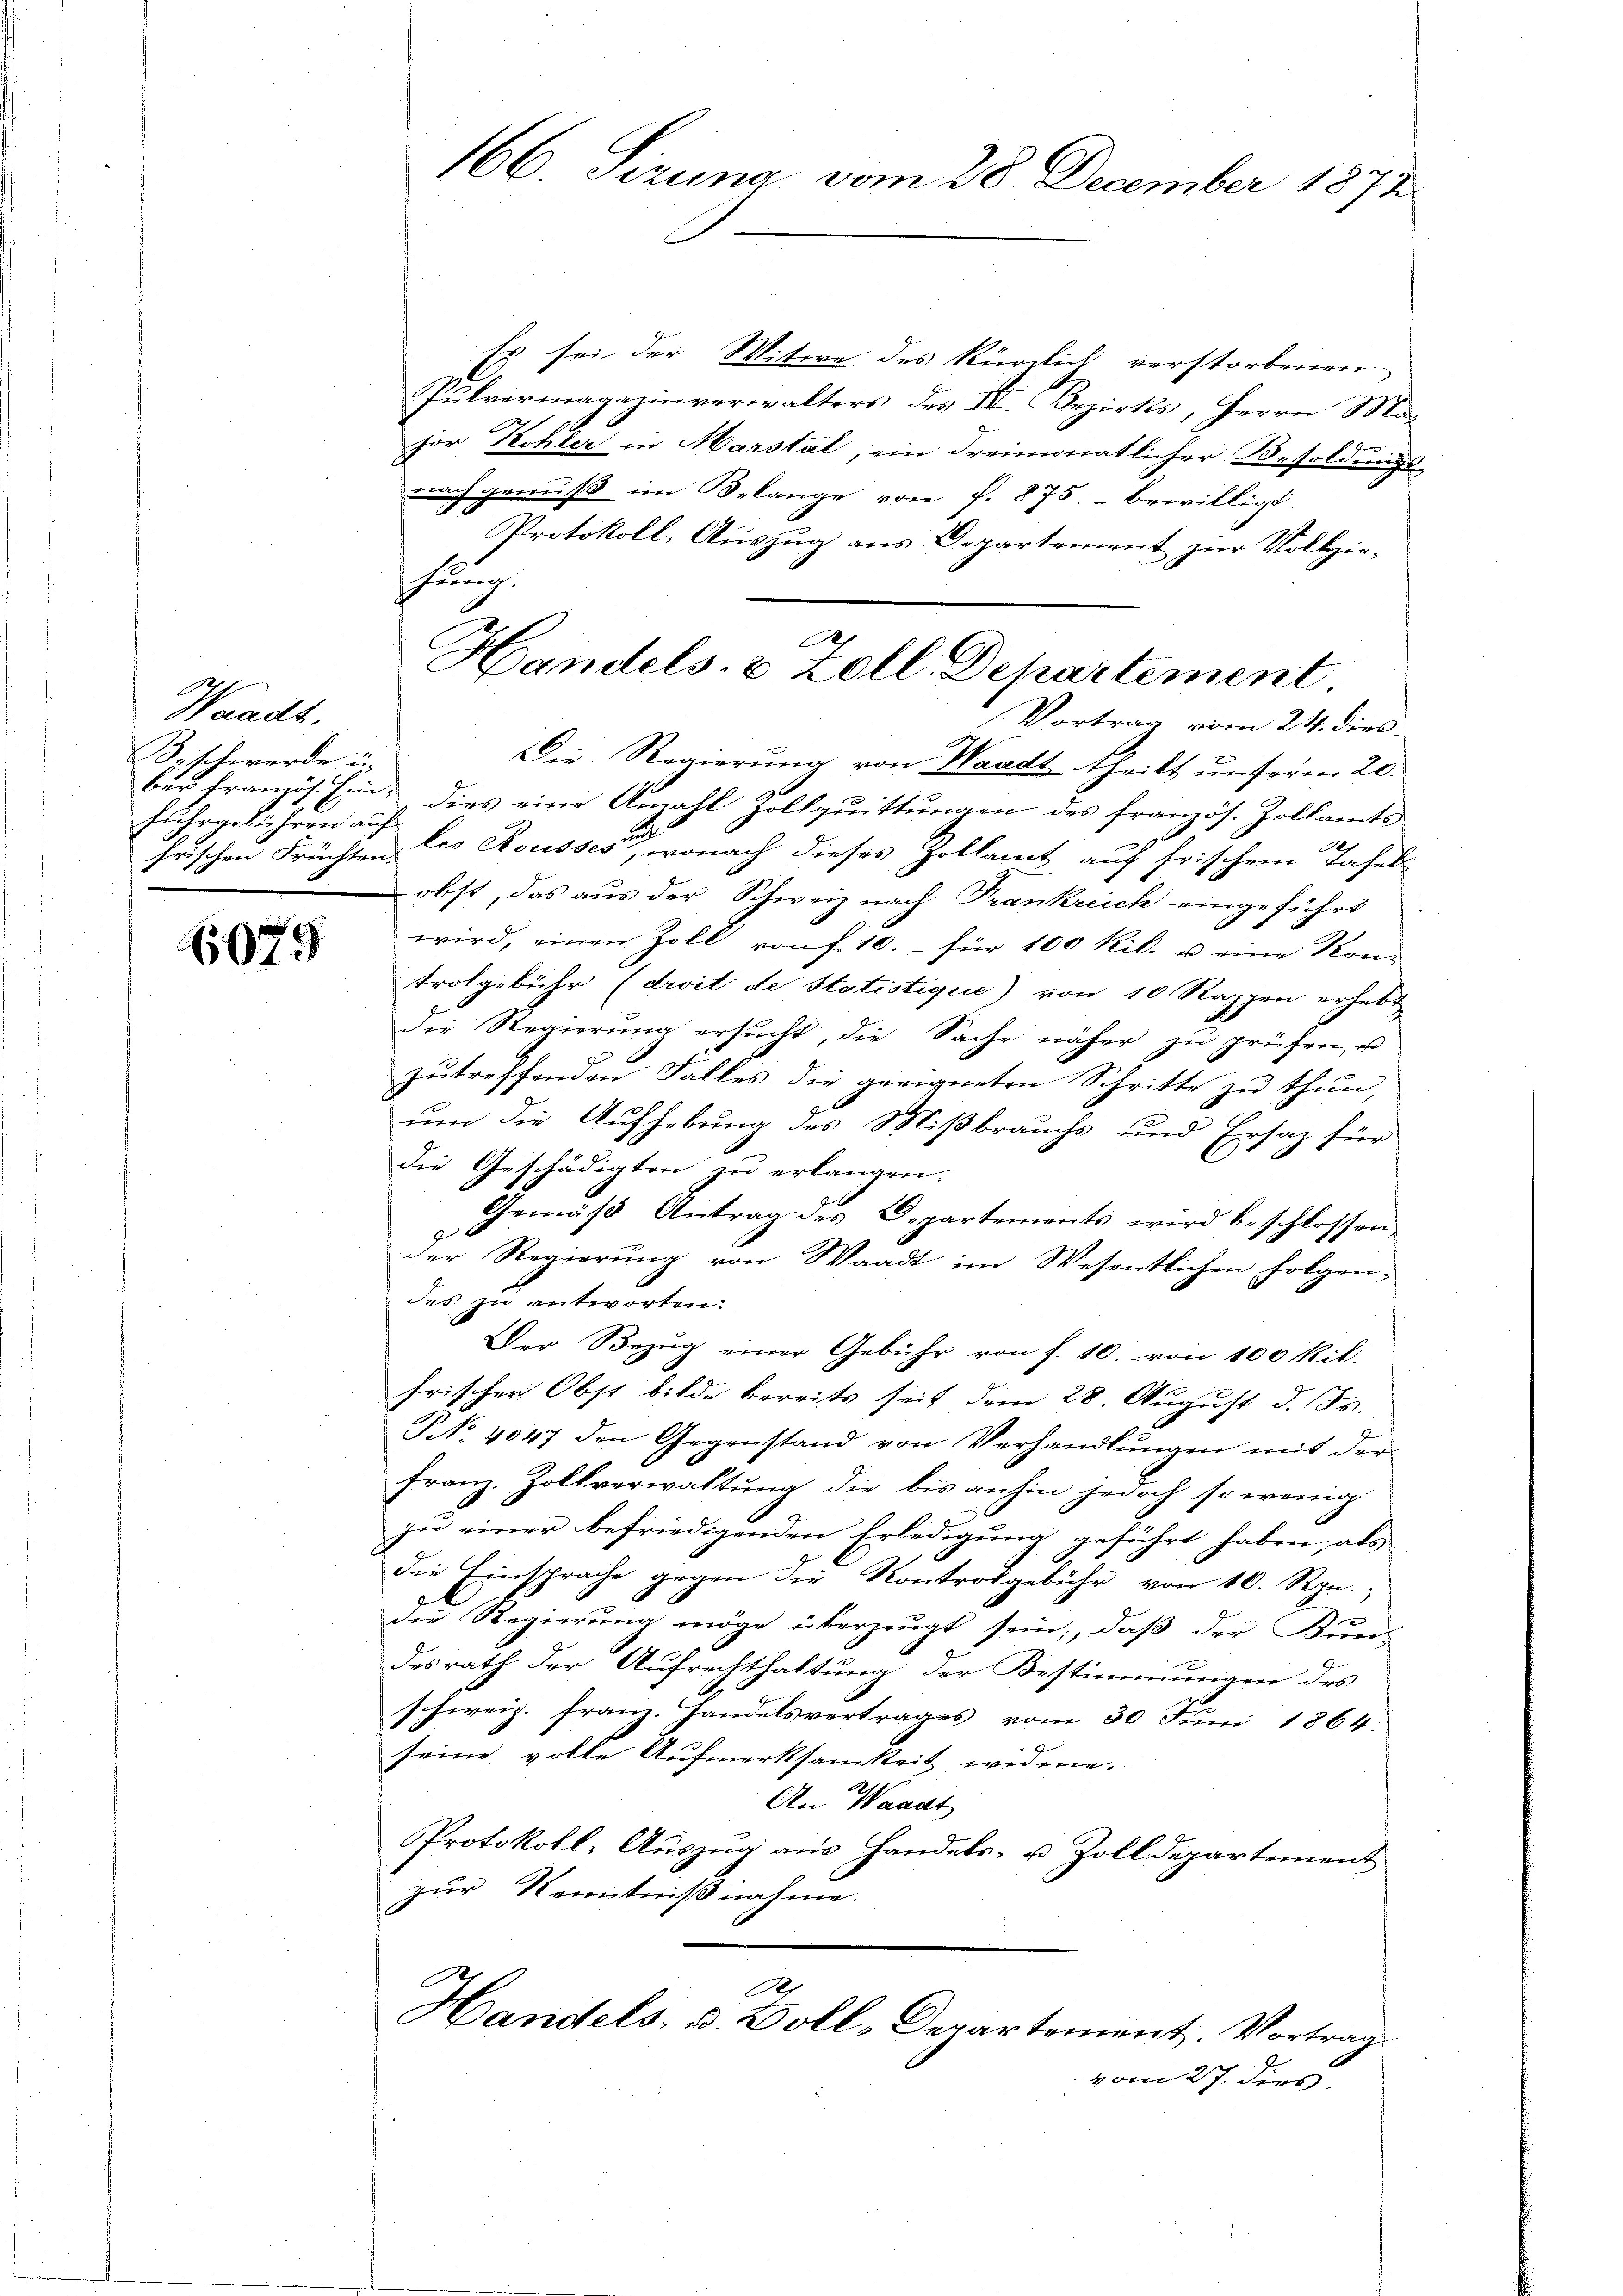
Waadt.
Bischwerde u.
fuhrgebühren auf

6079

166. Sizung vom 28. December 1872

Es sei der Mitwe des kürzlich verstorbenen
Pulvermagazinverwalters des IV. Bezirks, Herrn Ma-
hor Kohler in Marstal, ein dreimonatlicher Besoldungs-
nach genuß im Belange von f. 875 bewilligt.
Vortrag vom 24. dies
Die Regierŭng von Waadt theilt ŭnterm 20.
ber französ. Ein dies eine Anzahl Zollquittungen des französ. Zollamts
und
frischen Früchten des Rousses, wonach dieses Zollamt auf frischen Tafels
obst, das aus der Schweiz nach Trankreich eingeführt
wird, einen Zoll von f. 10.- für 100 Kil. u. eine Kon-
trolgebühr (droit de statistique) von 10 Rappen erhebt
die Regierung ersucht, die Sache näher zu prüfen u.
zŭtreffenden Falles die geeigneten Schritte zŭ thun,
um die Aufhebung des Mißbrauchs und Ersatz für
die Geschädigten zu erlangen.
Gemäβ Antrag des Departements wird beschlossen,
der Regierung von Waadt im Wesentlichen Folgen-
des zu antworten.
Der Bezŭg einer Gebühr von f. 10. von 100 Kil.
frischer Obst bilde bereits seit dem 28. August d. Js. |
NNo. 4047 den Gegenstand von Verhandlŭngen mit der
Franz. Zollverwaltung die bis anhin jedoch so wenig
zu einer befriedigenden Erledigung geführt haben, als
die Einsprache gegen die Kontrolgebühr von 10. Rpn.
die Regierung möge überzeugt sein, daß der Bun-
desrath der Aufrechthaltung der Bestimmungen des
schweiz. Franz. Handelsvertrages vom 30 Juni 1864.
seine volle Aufmerksamkeit widme.
An Waadt
Protokoll-Auszug aus Handels- u. Zolldepartement
zur Kenntnißnahme.

Protokoll, Auszug aus Departement zur Vollziefung
.
Handels- & Zoll Departement

A
Handels- u. Boll-Departement. Vortrag
vom 27. dies